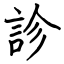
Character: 診